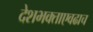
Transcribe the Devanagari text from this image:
देशभक्ताएवढाच